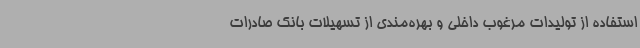
استفاده از تولیدات مرغوب داخلی و بهره‌مندی از تسهیلات بانک صادرات